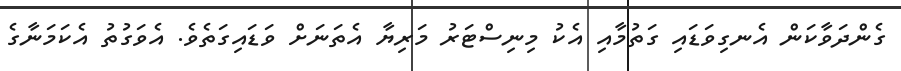
ގެންދަވާކަން އެނގިވަޑައި ގަތުމާއި އެކު މިނިސްޓަރު މަރިޔާ އެތަނަށް ވަޑައިގަތެވެ. އެވަގުތު އެކަމަނާގެ